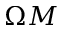
\Omega M